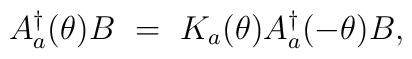
A_a ^{\dagger}(\theta) B ~=~ K_a (\theta) A_a^{\dagger}(-\theta) B,